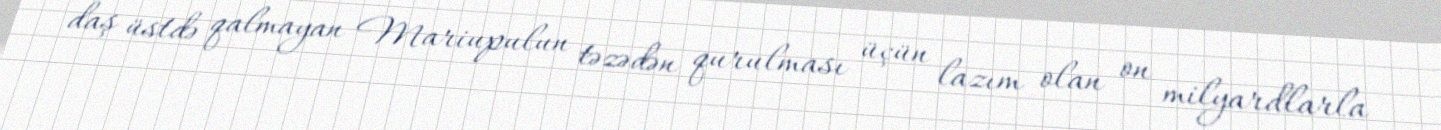
daş üstdə qalmayan Mariupulun təzədən qurulması üçün lazım olan on milyardlarla